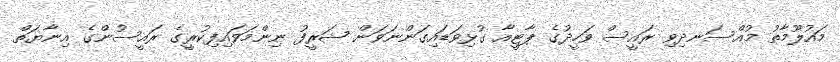
މައުލޫމާތު މުއްސަނދިވި ރައީސް ވަހީދުގެ ޕާޓީއާ ގުޅިވަޑައިގަންނަވަން ޝަރީފު ނިންމަވައިފިކުރީގެ ރައީސުންގެ އިނާޔަތް